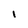
Character: i